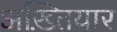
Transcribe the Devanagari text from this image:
अख़्तियार